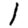
Digit: 1